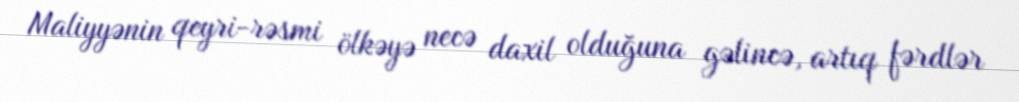
Maliyyənin qeyri-rəsmi ölkəyə necə daxil olduğuna gəlincə, artıq fərdlər